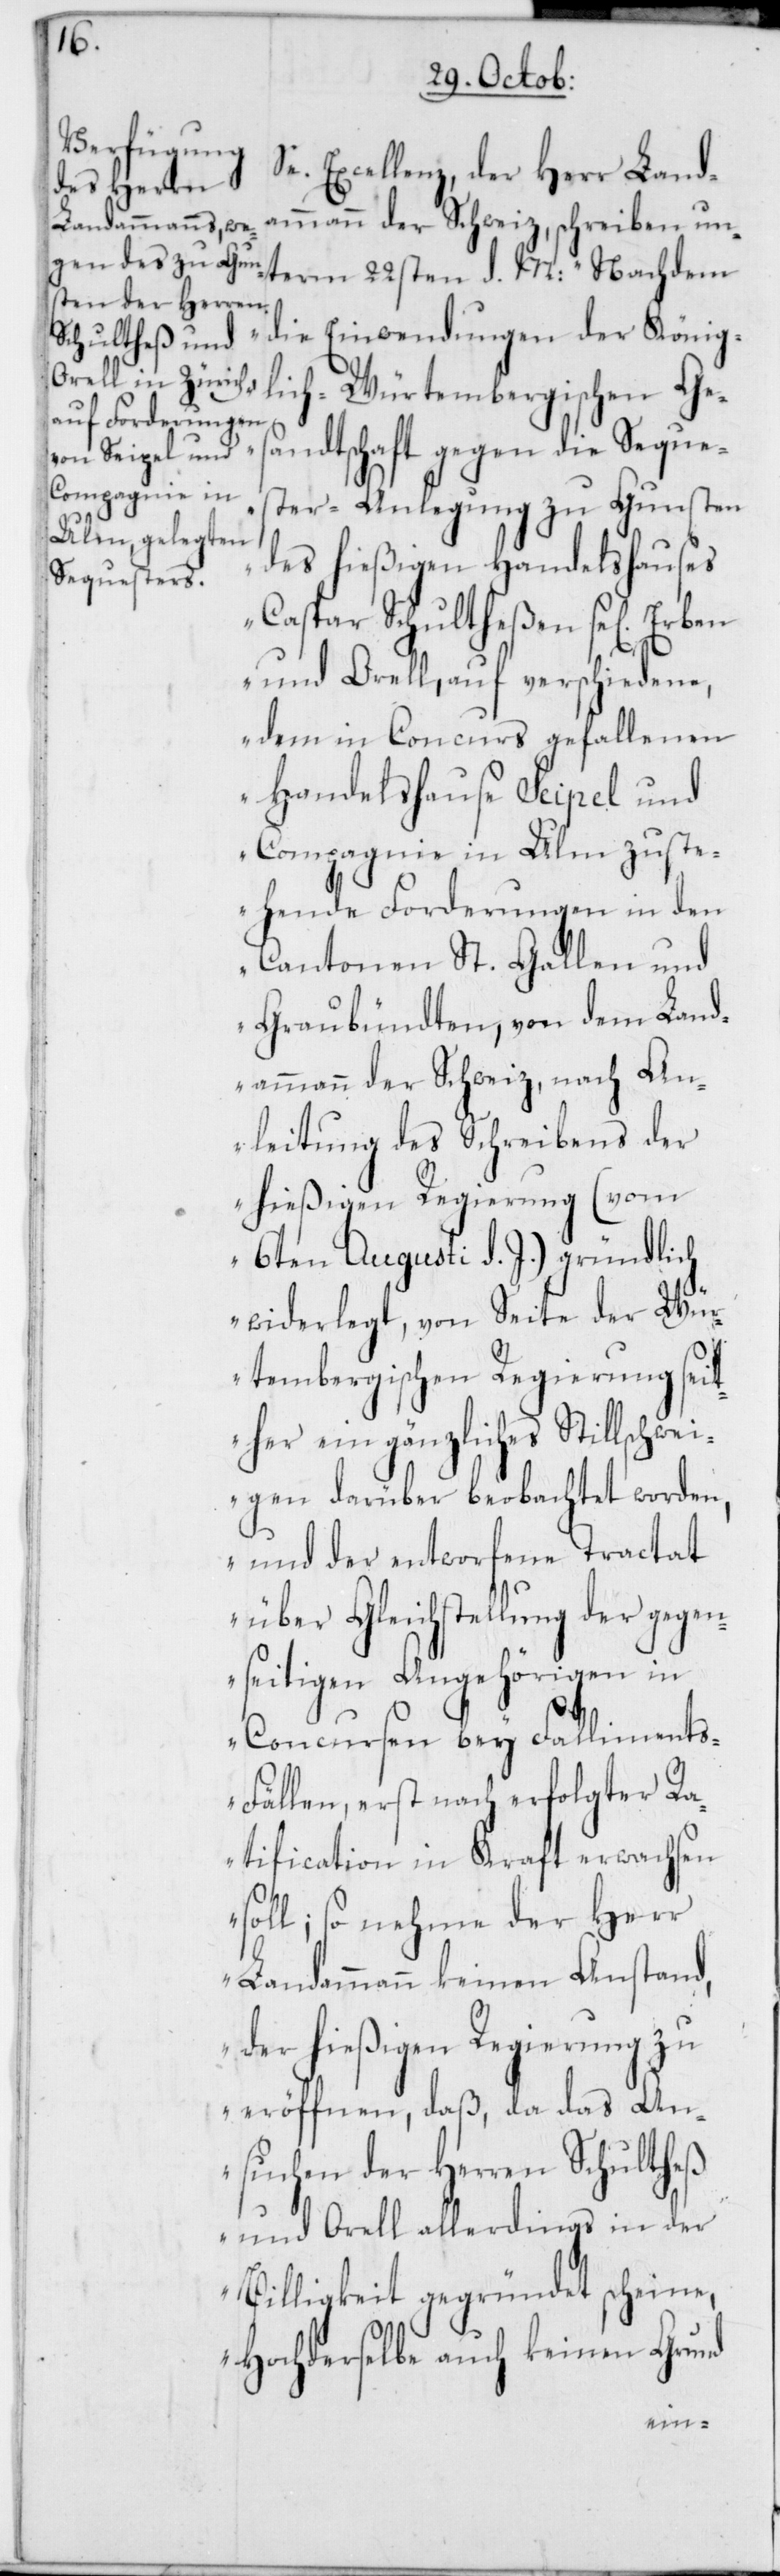
Se. Excellenz, der Herr Land¬
ammann der Schweiz, schreiben un¬
term 22sten d. M.: „Nachdem
die Einwendungen der König¬
lich-Würtembergischen Ges¬
andtschaft gegen die Seque¬
ster-Anlegung zu Gunsten
des hießigen Handelshauses
Caspar Schultheßen se[lig] Erben
und Orell, auf verschiedene,
dem in Concurs gefallenen
Handelshause Seipel und
Compagnie in Ulm zuste¬
hende Forderungen in den
Cantonen St. Gallen und
Graubündten, von dem Land¬
ammann der Schweiz, nach An¬
leitung des Schreibens der
hießigen Regierung (vom
6ten Augusti d. J.) gründlich
widerlegt, von Seite der Wü¬
rtembergischen Regierung seit¬
her ein gänzliches Stillschwei¬
gen darüber beobachtet worden,
und der entworfene Tractat
über Gleichstellung der gegen¬
seitigen Angehörigen in
Concursen bey Falliment¬
s-Fällen, erst nach erfolgter Ra¬
tification in Kraft erwachsen
soll; so nehme der Herr
Landammann keinen Anstand,
der hießigen Regierung zu
eröffnen, daß da das An¬
suchen der Herren Schultheß
und Orell allerdings in der
Billigkeit gegründet scheine,
Hochderselbe auch keinen Grund